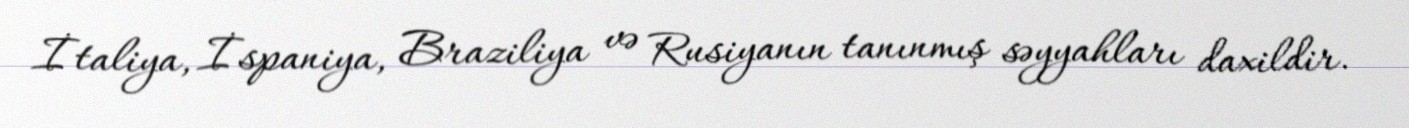
İtaliya, İspaniya, Braziliya və Rusiyanın tanınmış səyyahları daxildir.